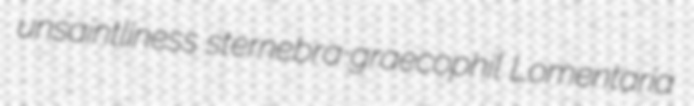
unsaintliness sternebra graecophil Lomentaria